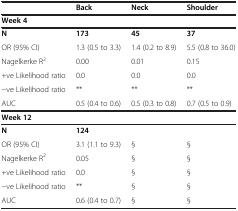
<table><thead><tr><td><b> </b></td><td><b>Back</b></td><td><b>Neck</b></td><td><b>Shoulder</b></td></tr></thead><tbody><tr><td><b>Week 4</b></td><td> </td><td> </td><td> </td></tr><tr><td><b>N</b></td><td><b>173</b></td><td><b>45</b></td><td><b>37</b></td></tr><tr><td>OR (95% CI)</td><td>1.3 (0.5 to 3.3)</td><td>1.4 (0.2 to 8.9)</td><td>5.5 (0.8 to 36.0)</td></tr><tr><td>Nagelkerke R<sup>2</sup></td><td>0.00</td><td>0.01</td><td>0.15</td></tr><tr><td>+ve Likelihood ratio</td><td>0.0</td><td>0.0</td><td>0.0</td></tr><tr><td>−ve Likelihood ratio</td><td>**</td><td>**</td><td>**</td></tr><tr><td>AUC</td><td>0.5 (0.4 to 0.6)</td><td>0.5 (0.3 to 0.8)</td><td>0.7 (0.5 to 0.9)</td></tr><tr><td><b>Week 12</b></td><td> </td><td> </td><td> </td></tr><tr><td><b>N</b></td><td><b>124</b></td><td> </td><td> </td></tr><tr><td>OR (95% CI)</td><td>3.1 (1.1 to 9.3)</td><td>§</td><td>§</td></tr><tr><td>Nagelkerke R<sup>2</sup></td><td>0.05</td><td>§</td><td>§</td></tr><tr><td>+ve Likelihood ratio</td><td>0.0</td><td>§</td><td>§</td></tr><tr><td>−ve Likelihood ratio</td><td>**</td><td>§</td><td>§</td></tr><tr><td>AUC</td><td>0.6 (0.4 to 0.7)</td><td>§</td><td>§</td></tr></tbody></table>